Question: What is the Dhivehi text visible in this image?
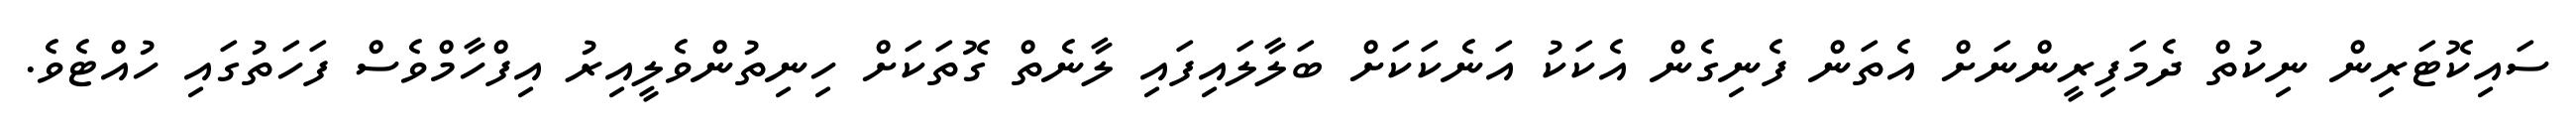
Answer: ސައިކޮޓަރިން ނިކުތް ދެމަފިރީންނަށް އެތަން ފެނިގެން އެކަކު އަނެކަކަށް ބަލާލައިފައި ލާނެތް ގޮތަކަށް ހިނިތުންވެލީއިރު އިފްހާމްވެސް ފަހަތުގައި ހުއްޓެވެ.